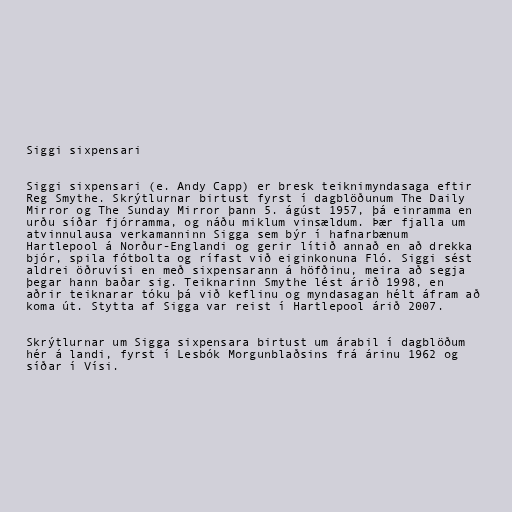
Siggi sixpensari

Siggi sixpensari (e. Andy Capp) er bresk teiknimyndasaga eftir
Reg Smythe. Skrýtlurnar birtust fyrst í dagblöðunum The Daily
Mirror og The Sunday Mirror þann 5. ágúst 1957, þá einramma en
urðu síðar fjórramma, og náðu miklum vinsældum. Þær fjalla um
atvinnulausa verkamanninn Sigga sem býr í hafnarbænum
Hartlepool á Norður-Englandi og gerir lítið annað en að drekka
bjór, spila fótbolta og rífast við eiginkonuna Fló. Siggi sést
aldrei öðruvísi en með sixpensarann á höfðinu, meira að segja
þegar hann baðar sig. Teiknarinn Smythe lést árið 1998, en
aðrir teiknarar tóku þá við keflinu og myndasagan hélt áfram að
koma út. Stytta af Sigga var reist í Hartlepool árið 2007.

Skrýtlurnar um Sigga sixpensara birtust um árabil í dagblöðum
hér á landi, fyrst í Lesbók Morgunblaðsins frá árinu 1962 og
síðar í Vísi.